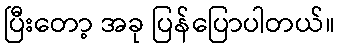
ပြီးတော့ အခု ပြန်ပြောပါတယ်။